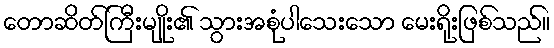
တောဆိတ်ကြီးမျိုး၏ သွားအစုံပါသေးသော မေးရိုးဖြစ်သည်။